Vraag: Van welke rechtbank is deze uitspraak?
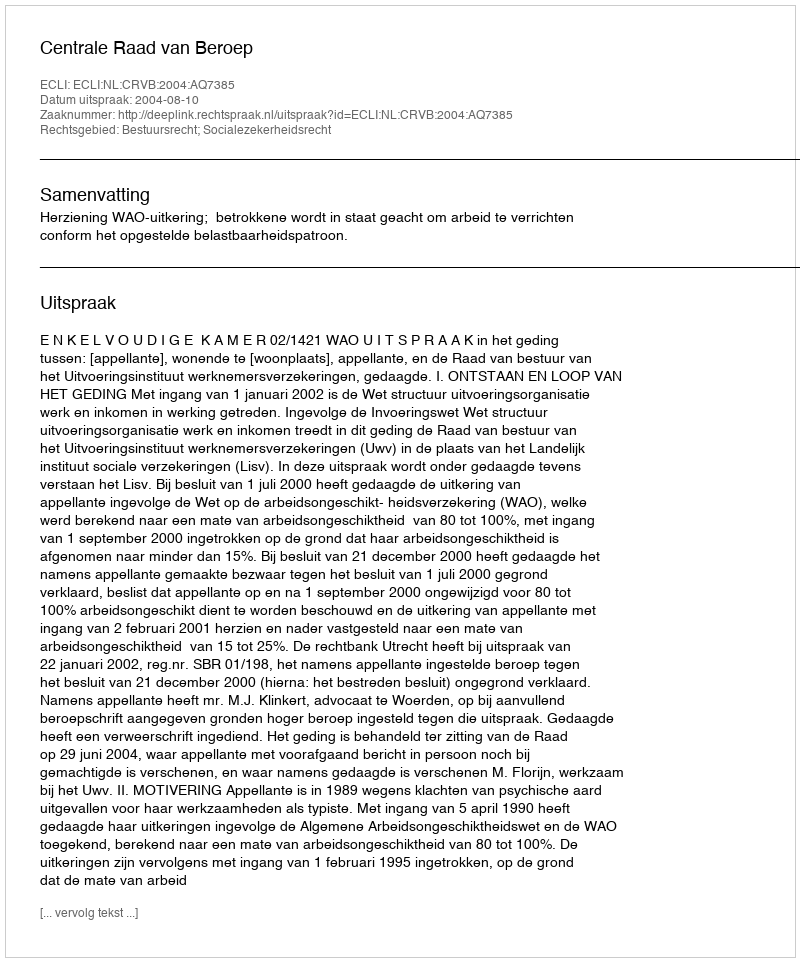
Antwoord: Centrale Raad van Beroep